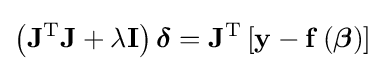
\left(\mathbf {J} ^{\mathrm {T} }\mathbf {J} +\lambda \mathbf {I} \right){\boldsymbol {\delta }}=\mathbf {J} ^{\mathrm {T} }\left[\mathbf {y} -\mathbf {f} \left({\boldsymbol {\beta }}\right)\right]